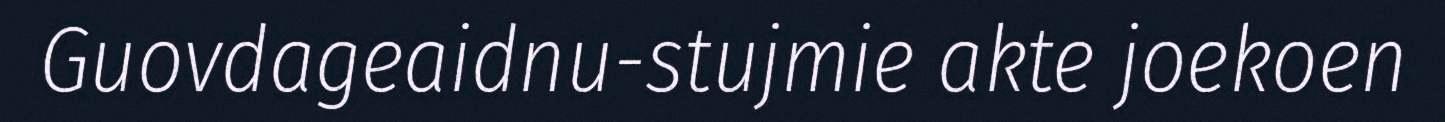
Guovdageaidnu-stujmie akte joekoen